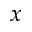
x